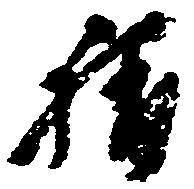
称